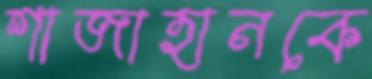
শাজাহানকে